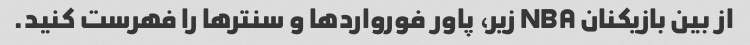
از بین بازیکنان NBA زیر، پاور فورواردها و سنترها را فهرست کنید.